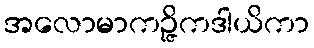
အလောမာကဉ္ဇိကဒါယိကာ